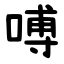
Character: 㗘